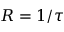
R = 1 / \tau